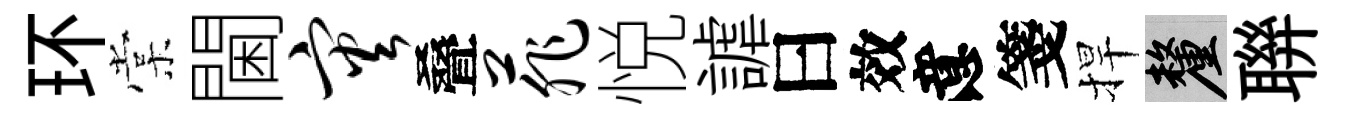
环棠閫灾叠菲悦謔曰效意箋捍厘聨